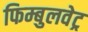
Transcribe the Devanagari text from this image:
फिम्बुलवेट्र